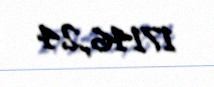
17146,24